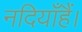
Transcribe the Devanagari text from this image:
नदियाँहैं।